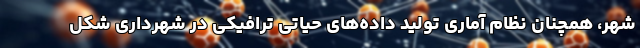
شهر، همچنان نظام آماری تولید داده‌های حیاتی ترافیکی در شهرداری شکل